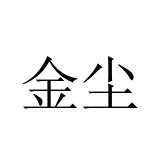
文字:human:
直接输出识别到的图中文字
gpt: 金尘